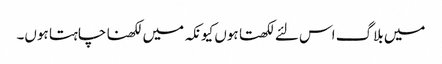
میں بلاگ اس لئے لکھتا ہوں کیونکہ میں لکھنا چاہتا ہوں۔